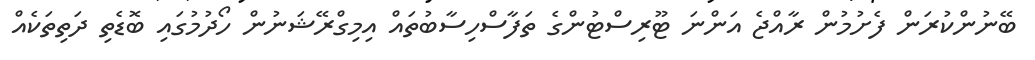
ބޭނުންކުރަން ފެށުމުން ރާއްޖެ އަންނަ ޓޫރިސްޓުންގެ ތަފާސްހިސާބުތައް އިމިގްރޭޝަނުން ހޯދުމުގައި ބޮޑެތި ދަތިތަކެއް